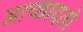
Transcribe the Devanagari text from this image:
आच्छादतो